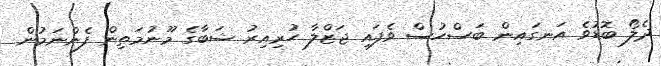
ދެލޯ ބޮޑުވެ އަނގައިން ބަސްހުސް ވެފައި ޖަޒްލާ ހުރިއިރު ޝަބާގެ މޫނުމަތިން ފެންނަމުން